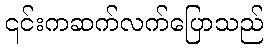
၎င်းကဆက်လက်ပြောသည်